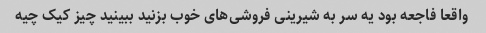
واقعا فاجعه بود یه سر به شیرینی فروشی‌های خوب بزنید ببینید چیز کیک چیه